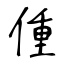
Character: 偅